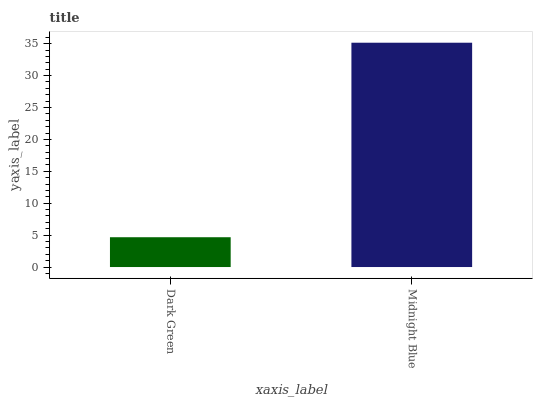
| xaxis_label | bars |
 | --- | --- |
 | Dark Green | 4.67 |
 | Midnight Blue | 35.1 |